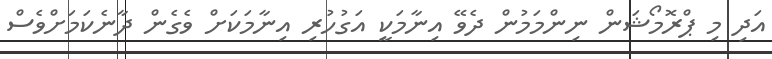
އަދި މި ޕްރޮމޯޝަން ނިންމަމުން ދެވޭ އިނާމަކީ އަގުހުރި އިނާމަކަށް ވެގެން ދާނެކަމަށްވެސް